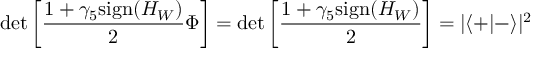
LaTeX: \operatorname * { d e t } \left[ \frac { 1 + \gamma _ { 5 } \mathrm { s i g n } { ( H _ { W } ) } } { 2 } \Phi \right] = \operatorname * { d e t } \left[ \frac { 1 + \gamma _ { 5 } \mathrm { s i g n } { ( H _ { W } ) } } { 2 } \right] = | \langle + | - \rangle | ^ { 2 }